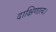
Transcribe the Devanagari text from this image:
दाक्षिणात्य।